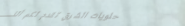
حلويات الشرق تقدم لكم ألذ